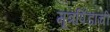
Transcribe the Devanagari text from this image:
मूत्रपिंडाची